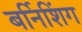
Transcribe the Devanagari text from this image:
बर्निशिंग